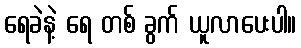
ရေခဲနဲ့ ရေ တစ် ခွက် ယူလာပေးပါ။